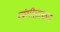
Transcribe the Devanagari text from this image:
संगीतात्कता